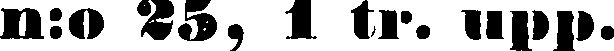
n:o 25, 1 tr. upp.